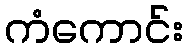
ကံကောင်း